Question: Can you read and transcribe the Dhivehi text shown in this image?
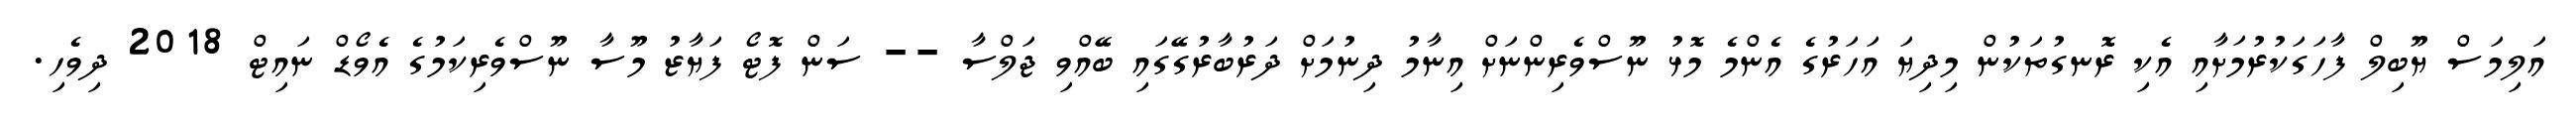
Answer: އަލިމަސް ޔޫބިލް ފާހަގަކުރުމަށާއި އެކި ރޮނގުތަކުން މިދިޔަ އަހަރުގެ އެންމެ މޮޅު ނޫސްވެރިންނަށް އިނާމު ދިނުމަށް ދަރުބާރުގޭގައި ބޭއްވި ޖަލްސާ -- ސަން ފޮޓޯ ފަޔާޒު މޫސާ ނޫސްވެރިކަމުގެ އެވޯޑް ނައިޓް 2018 ދިވެހި.